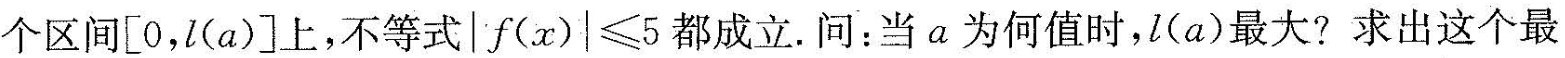
个区间[0，l(a)]上，不等式 $$| f ( x ) | \le 5$$ 都成立.问：当a为何值时，l(a)最大?求出这个最